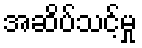
အဆိပ်သင့်မှု